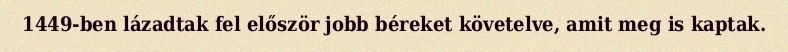
1449-ben lázadtak fel először jobb béreket követelve, amit meg is kaptak.